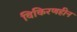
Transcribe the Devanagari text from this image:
विकिरणहीन